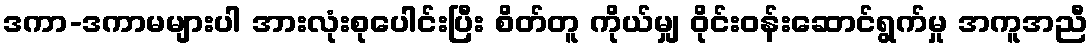
ဒကာ-ဒကာမများပါ အားလုံးစုပေါင်းပြီး စိတ်တူ ကိုယ်မျှ ဝိုင်းဝန်းဆောင်ရွက်မှု အကူအညီ